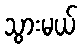
သွားမယ်